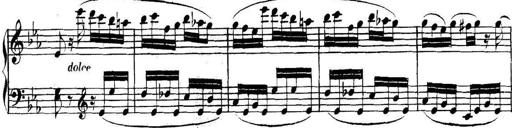
Title: Collected Piano Sonatas
Composer: Muzio Clementi